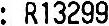
: R13299